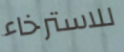
للاسترخاء